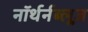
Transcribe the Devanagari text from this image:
नॉर्थर्नब्लूज़